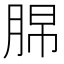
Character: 𦛭